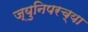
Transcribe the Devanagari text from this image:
ज्युनिपरच्या